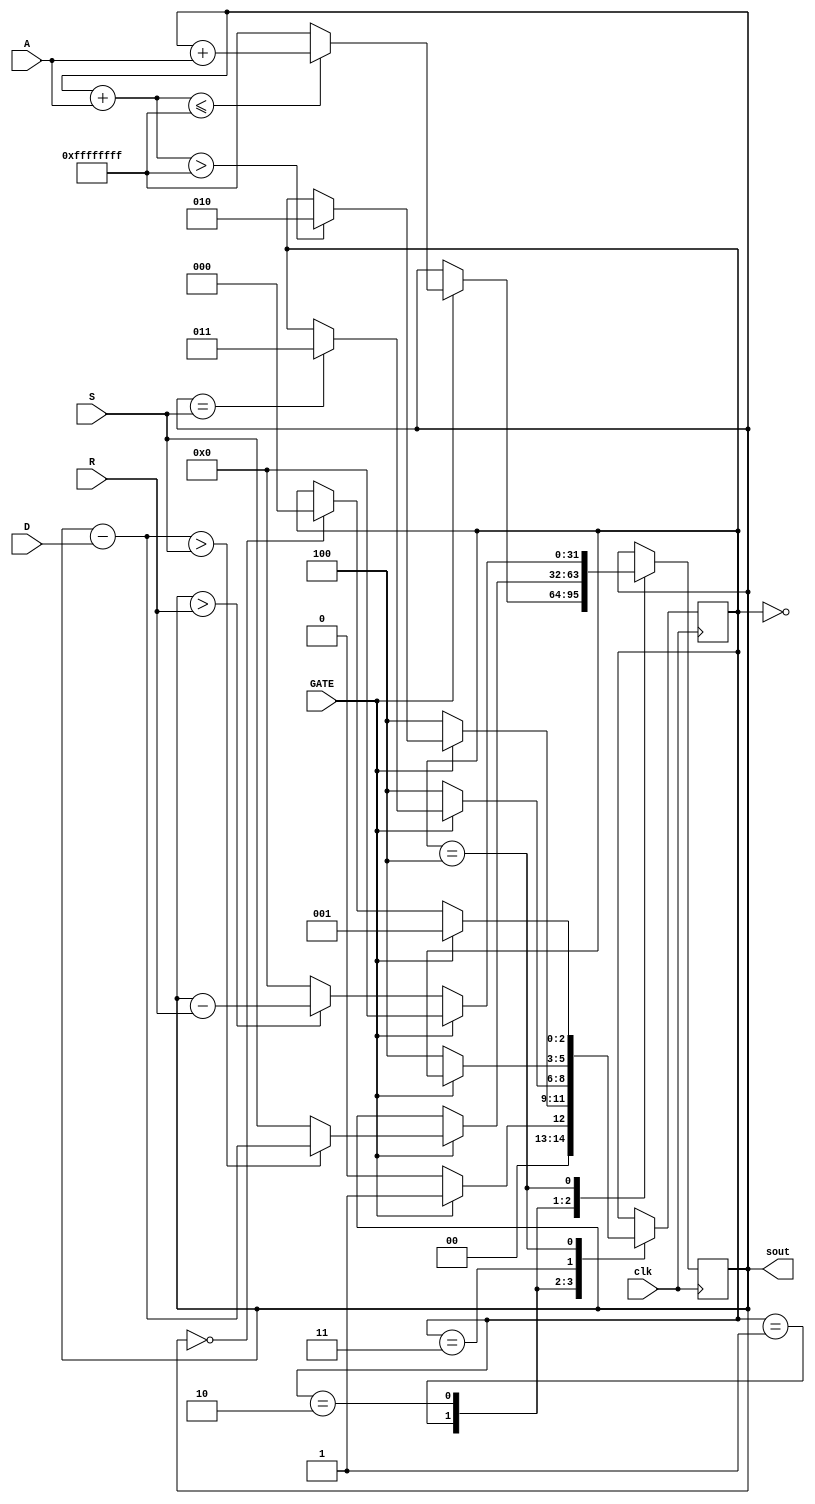
module adsr32( clk, GATE, A, D, S, R, sout/*, SEG */);

  output reg [31:0] sout; // This is the accumulator/integrator for attack, decay and release
  input wire clk;         // 50 MHz
  input wire GATE;        // GATE signal
  input wire [31:0] A;    // attack rate
  input wire [31:0] D;    // decay rate
  input wire [31:0] S;    // sustain level
  input wire [31:0] R;    // release rate

  reg [2:0] state;                 // state 0,1,2,3,4,5 - IDLE,ATTACK,DECAY,SUSTAIN,RELEASE
  
  //output [7:0] SEG;
   
  initial begin
	state = 3'b000;
	sout  = 0;
  end
  
////////////////////////////////////////////////////////////////////////////////////////////
////////////////////////////////////////////////////////////////////////////////////////////
// This is a state machine of 5 states, IDLE, ATTACK, DECAY, SUSTAIN and RELEASE.

  parameter IDLE    = 3'b000;
  parameter ATTACK  = 3'b001;
  parameter DECAY   = 3'b010;
  parameter SUSTAIN = 3'b011;
  parameter RELEASE = 3'b100;
  
  always @ ( posedge clk )
    begin
  
      case ( state )
  
      IDLE: //
        begin
				//   IDLE  01 (attack)
				// 
				state <= ( GATE == 1'b1 ) ? ATTACK : IDLE;
        end

      ATTACK: //
        begin      		  
          if ( GATE == 1'b1 ) begin
            if ( (sout + A) <= {1'b0,{32{1'b1}}} ) begin //    - 
              sout <= sout + A; //   A
            end else begin //  
              sout <= {32{1'b1}}; //   
            end
          end
			 
			 // 
          if ( GATE == 1'b0 ) begin
            state <= RELEASE; //  GATE  ,    state 4 (release)
          end else begin
			// GATE  
            if ( (sout + A) > {1'b0,{32{1'b1}}} ) begin //    - 
              state <= DECAY;     //   state 2 (decay)
            end
          end			 
        end
          
      DECAY: //
        begin
		  
          if ( GATE == 1'b1 ) begin 
		    //GATE ? 
			   if ((sout-D) > S) begin
				  sout <= sout - D;
				end else begin
				  sout <= S;
				end  
			 end
			 
          if ( GATE == 1'b1 ) begin
			   if ( sout == S) begin
					state <= SUSTAIN;
				end
			 end else if ( GATE == 1'b0 ) begin
            state <= RELEASE;  
			 end
			 
        end

      SUSTAIN: //  ,    GATE
        begin
          if ( GATE == 1'b0 ) state <= RELEASE;         // Go to state 4, RELEASE
        end
  
      RELEASE:
        begin
		  
          if ( GATE == 1'b0 ) begin // RELEASE   GATE -   ATTACK
				if ( sout > R ) begin //   ,  
              sout <= (sout - R);
            end else begin //,       IDLE
              sout <= 0;
            end
          end else if ( GATE == 1'b1 ) begin
				//       -  
              sout <= 0;
			 end
			 
			 //
          if ( GATE == 1'b1 ) begin
            state <= ATTACK;
          end else begin  ///////
			   if ( sout == 0 ) begin 
              state <= IDLE;
            end
          end
			 
        end
		  
      endcase
	  
  end

  /*
  reg [6:0] SEG_buf;
  always @ (state)
  begin
    case(state)
      3'h0: SEG_buf <= 7'b0111111;
      3'h1: SEG_buf <= 7'b0000110;
      3'h2: SEG_buf <= 7'b1011011;
      3'h3: SEG_buf <= 7'b1001111;
      3'h4: SEG_buf <= 7'b1100110;
      3'h5: SEG_buf <= 7'b1101101;
      3'h6: SEG_buf <= 7'b1111101;
      3'h7: SEG_buf <= 7'b0000111;
      default: SEG_buf <= 7'b0111111;
    endcase
  end 
  
  assign SEG = {1'b0,SEG_buf}; */
  
endmodule